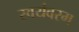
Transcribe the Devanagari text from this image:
स्वयंवरम